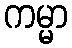
ကမ္မာ